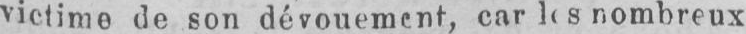
nombreux